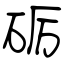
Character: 砺